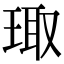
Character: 㻓